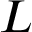
L